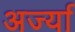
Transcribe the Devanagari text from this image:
अर्ज्या